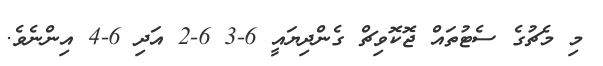
މި މެޗުގެ ސެޓުތައް ޖޮކޮވިޗް ގެންދިޔައީ 6-3 6-2 އަދި 6-4 އިންނެވެ.